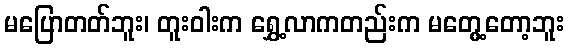
မပြောတတ်ဘူး၊ တူးဝါးက ရွှေ့လာကတည်းက မတွေ့တော့ဘူး